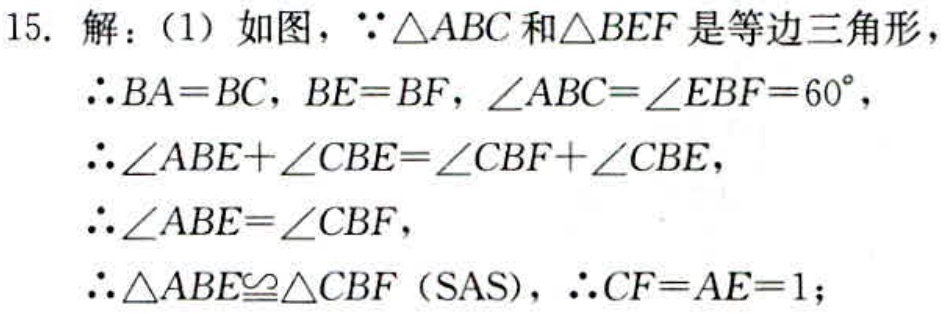
15. 解：（1）如图，\(\because\triangle ABC\)和\(\triangle BEF\)是等边三角形，
\(\therefore BA = BC\)，\(BE = BF\)，\(\angle ABC=\angle EBF = 60^{\circ}\)，
\(\therefore\angle ABE+\angle CBE=\angle CBF+\angle CBE\)，
\(\therefore\angle ABE=\angle CBF\)，
\(\therefore\triangle ABE\cong\triangle CBF\)（SAS），\(\therefore CF = AE = 1\)；